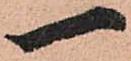
一